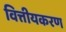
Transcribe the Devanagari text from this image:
वित्तीयकरण